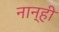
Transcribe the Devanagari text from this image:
नान्ही